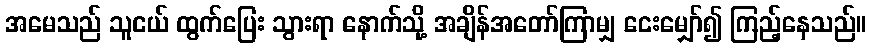
အမေသည် သူငယ် ထွက်ပြေး သွားရာ နောက်သို့ အချိန်အတော်ကြာမျှ ငေးမျှော်၍ ကြည့်နေသည်။